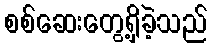
စစ်ဆေးတွေ့ရှိခဲ့သည်